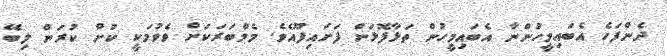
ދެންފަހެ އެބައިމީހުންނާ އެބައިމީހުން ތަޅާފޮޅަން ފަށައިފޫއެވެ. މެމްބަރަކަށް ވެވުމަކީ ކުށް ކުރަން ލިބޭ